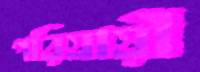
পরিযায়ী